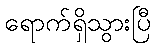
ရောက်ရှိသွားပြီ